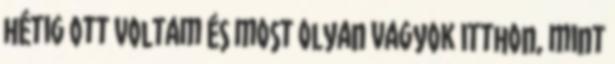
hétig ott voltam és most olyan vagyok itthon, mint